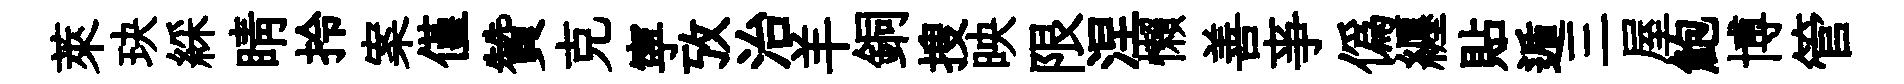
萊玦綵睛拎案僅贊克寜攷治羊銅搜映限涅懶善亊僞纒貼遁三屋鮑博管